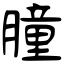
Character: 朣